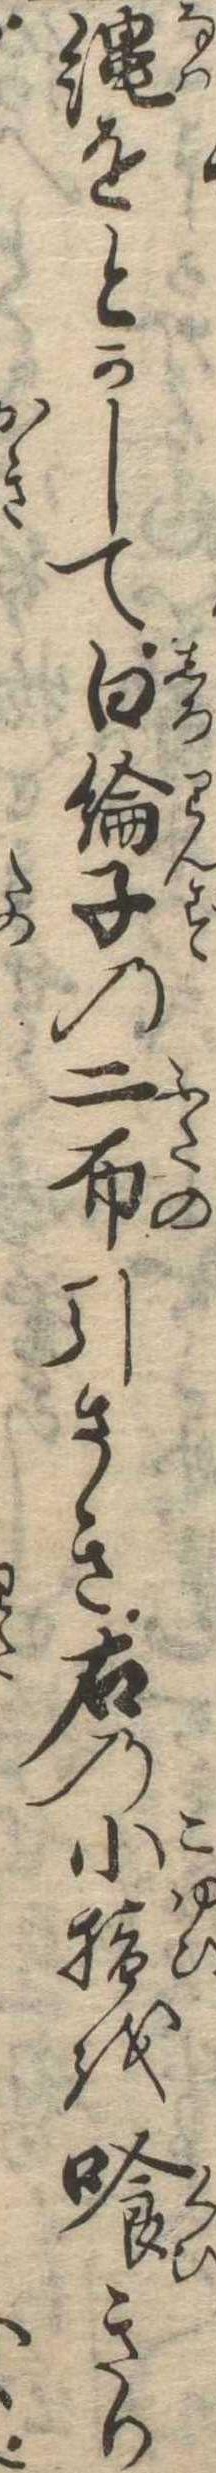
縄をとかして白綸子の二布引さき右の小指を喰きり